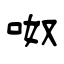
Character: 呶